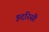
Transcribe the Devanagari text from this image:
इदरिसी